Indian journal of veterinary science and animal husbandry - Volumes 24-25, 1954-1955
Year: 1954
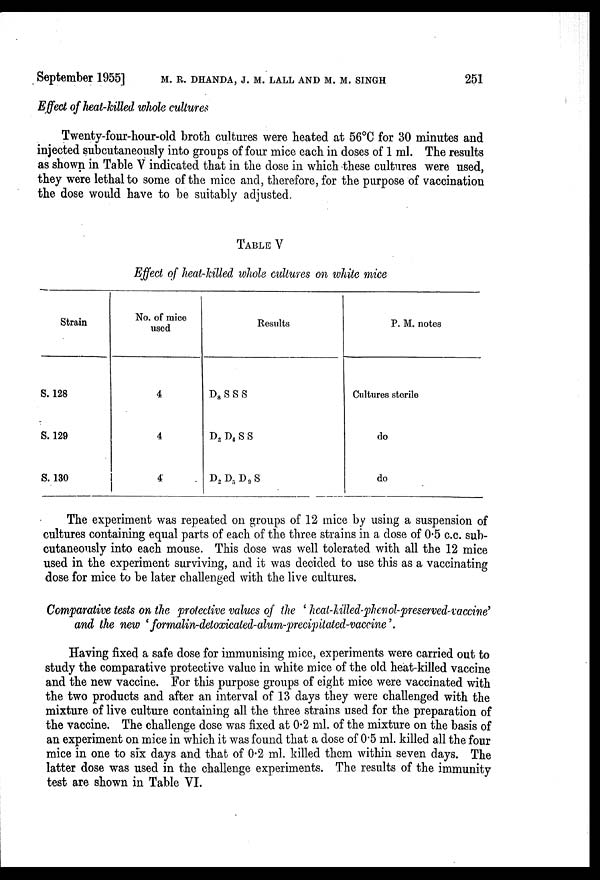
September 1955] M. R. DHANDA, J. M. LALL AND M. M. SINGH 251
Effect of heat-killed whole cultures
Twenty-four-hour-old broth cultures were heated at 56°C for 30 minutes and
injected subcutaneously into groups of four mice each in doses of 1 ml. The results
as shown in Table V indicated that in the dose in which these cultures were used,
they were lethal to some of the mice and, therefore, for the purpose of vaccination
the dose would have to be suitably adjusted.
TABLE V
Effect of heat-killed whole cultures on white mice
Strain
S. 128
S. 129
S. 130
No. of mice
used
4
4
4
Results
D 8 S S S
D 2 D 4 S S
D 2 D 5 D 9 S
P. M. notes
Cultures sterile
do
do
The experiment was repeated on groups of 12 mice by using a suspension of
cultures containing equal parts of each of the three strains in a dose of 0.5 c.c. sub-
cutaneously into each mouse. This dose was well tolerated with all the 12 mice
used in the experiment surviving, and it was decided to use this as a vaccinating
dose for mice to be later challenged with the live cultures.
Comparative tests on the protective values of the 'hcat-killed-phenol-preserved-vaccine'
and the new 'formalin-detoxicated-alum-precipilated-vaccine '.
Having fixed a safe dose for immunising mice, experiments were carried out to
study the comparative protective value in white mice of the old heat-killed vaccine
and the new vaccine. For this purpose groups of eight mice were vaccinated with
the two products and after an interval of 13 days they were challenged with the
mixture of live culture containing all the three strains used for the preparation of
the vaccine. The challenge dose was fixed at 0.2 ml. of the mixture on the basis of
an experiment on mice in which it was found that a dose of 0.5 ml. killed all the four
mice in one to six days and that of 0.2 ml. killed them within seven days. The
latter dose was used in the challenge experiments. The results of the immunity
test are shown in Table VI.